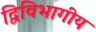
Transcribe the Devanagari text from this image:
द्विविभागीय